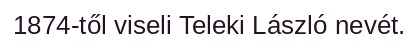
1874-től viseli Teleki László nevét.